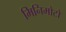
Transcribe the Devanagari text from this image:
मिनिमोटो